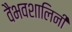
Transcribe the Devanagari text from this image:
वैभवशालिनी